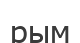
рым